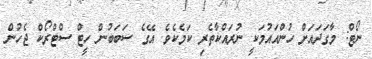
ނޯޓް: މާގަދައަށް ހުންއައުމަކީ ނުރައްކާތެރި ކަމެކެވެ. އޭގެ ސަބަބުން ހީޓް ސްޓްރޯކް ޖެހުން